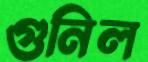
গুনিল